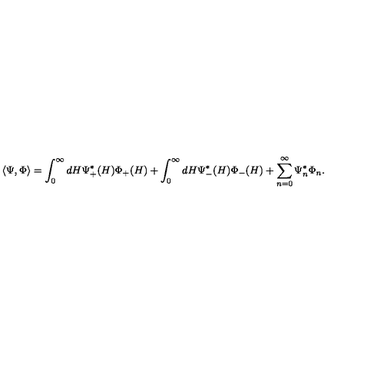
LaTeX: \langle \Psi , \Phi \rangle = \int _ { 0 } ^ { \infty } d H \Psi _ { + } ^ { * } ( H ) \Phi _ { + } ( H ) + \int _ { 0 } ^ { \infty } d H \Psi _ { - } ^ { * } ( H ) \Phi _ { - } ( H ) + \sum _ { n = 0 } ^ { \infty } \Psi _ { n } ^ { * } \Phi _ { n } .